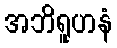
အဘိရူဟနံ